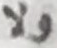
ولا